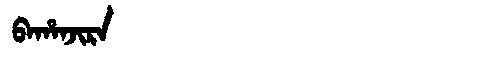
Manchu: ᠪᠠᡥᠠᠨᠵᡳᡵᠠ
Romanization: BAHANJIRA